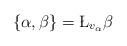
LaTeX: \begin{align*}\{\alpha,\beta\} = \L_{v_\alpha}\beta\end{align*}